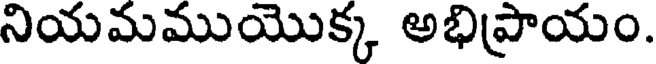
నియమముయొక్క అభిప్రాయం.